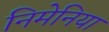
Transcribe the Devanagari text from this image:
निमेनिया